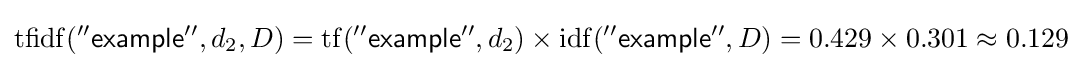
\mathrm {tfidf} ({\mathsf {''example''}},d_{2},D)=\mathrm {tf} ({\mathsf {''example''}},d_{2})\times \mathrm {idf} ({\mathsf {''example''}},D)=0.429\times 0.301\approx 0.129